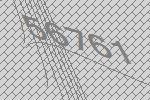
56761